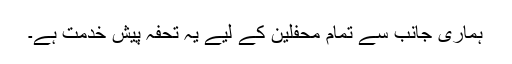
ہماری جانب سے تمام محفلین کے لیے یہ تحفہ پیش خدمت ہے۔